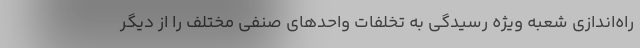
راه‌اندازی شعبه ویژه رسیدگی به تخلفات واحدهای صنفی مختلف را از دیگر